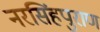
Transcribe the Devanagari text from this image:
नरसिंहपुराण